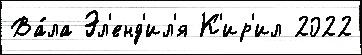
Ва́ла Эл'енд'ил'я К'ир'ил 2022